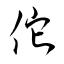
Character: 佗